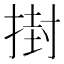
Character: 𭡞